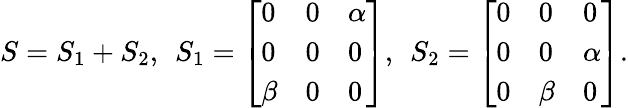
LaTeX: S=S_{1}+S_{2},\: \: S_{1}=\left[\begin{array}{lll}{0}&{0}&{\alpha}\\ {0}&{0}&{0}\\ {\beta}&{0}&{0}\end{array}\right],\: \: S_{2}=\left[\begin{array}{lll}{0}&{0}&{0}\\ {0}&{0}&{\alpha}\\ {0}&{\beta}&{0}\end{array}\right].